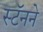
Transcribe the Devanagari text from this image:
स्टॅनने